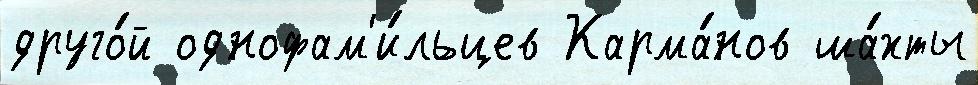
друго́й однофам'и́льцев Карма́нов ша́хты